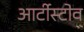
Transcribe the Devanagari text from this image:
आर्टीस्टोव